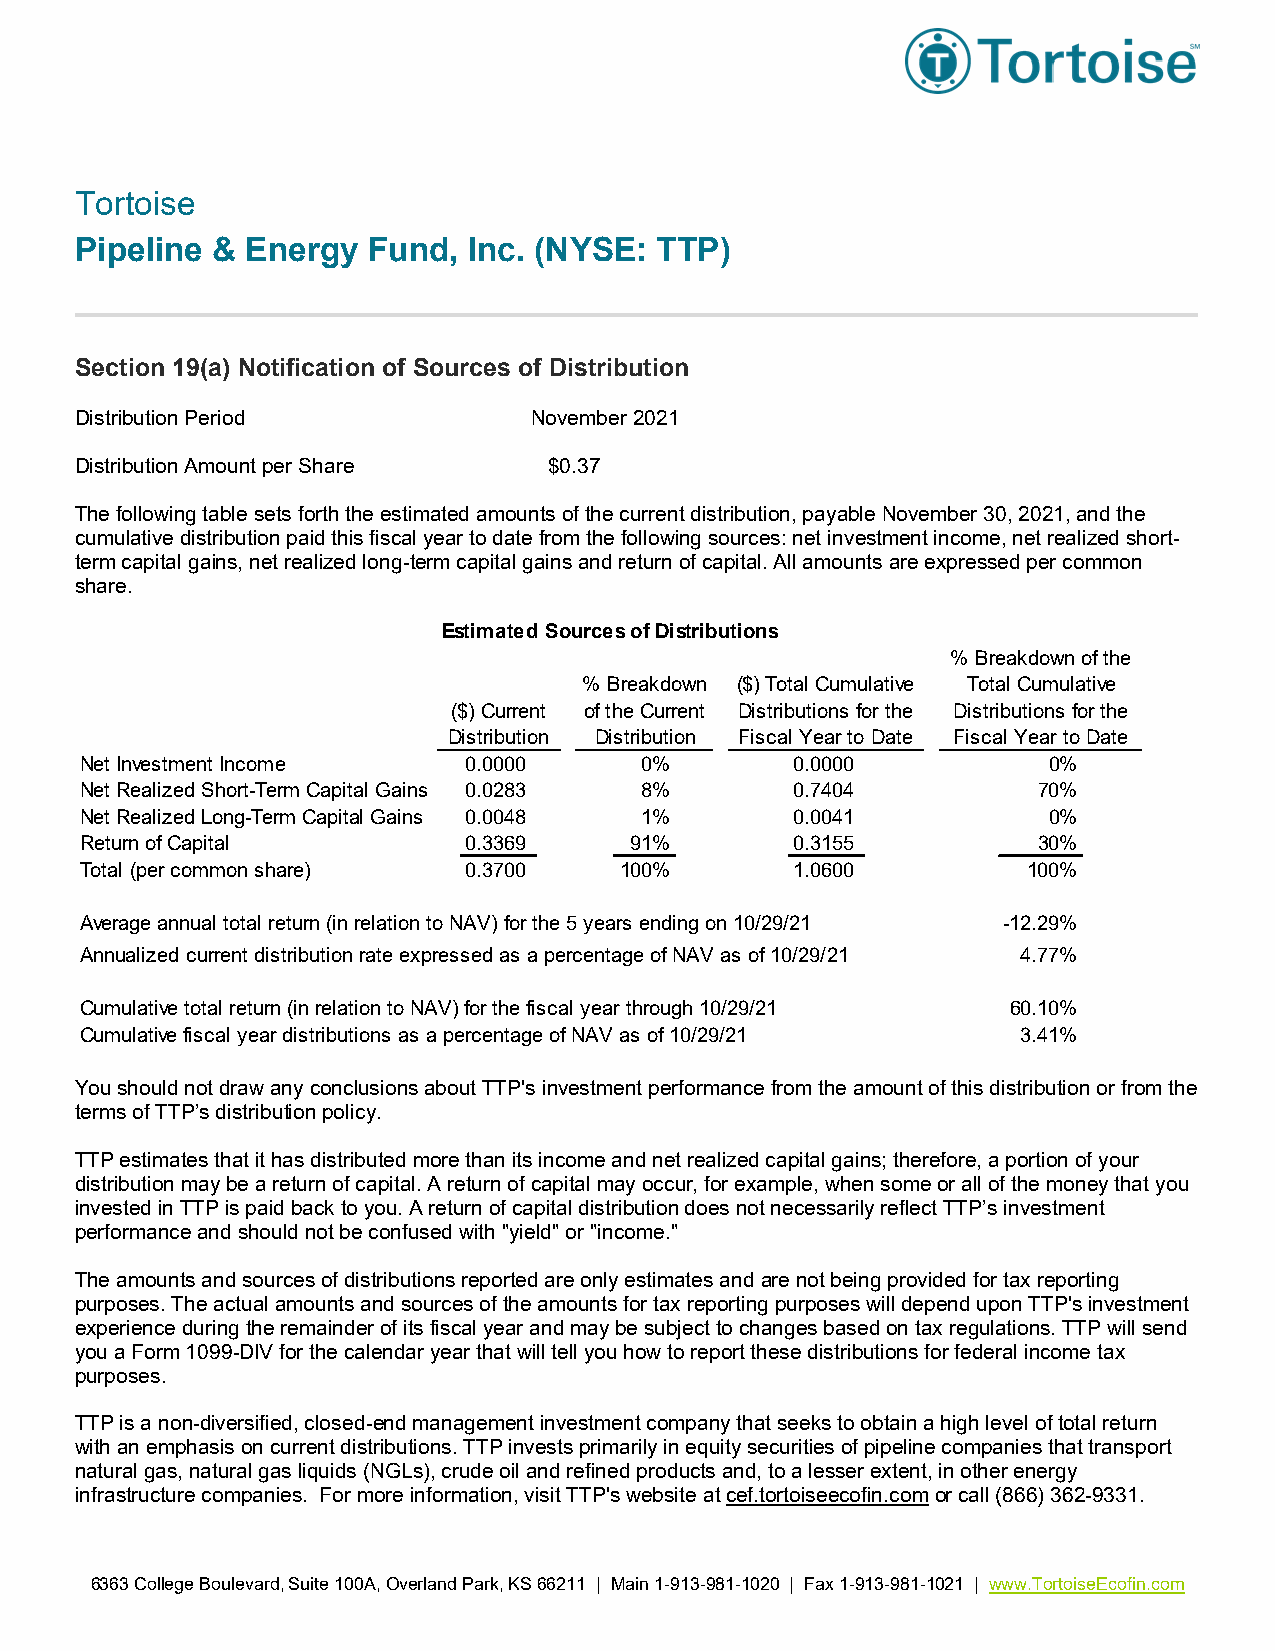
Tortoise
 Pipeline & Energy  Fund,  Inc. (NYSE: TTP)
 Section 19(a) Notification of Sources of Distribution
 Distribution Period           November 2021
 Distribution Amount per Share  $0.37
 The following table sets forth the estimated amounts of the current distribution, payable November 30, 2021, and the
 cumulative distribution paid this fiscal year to date from the following sources: net investment income, net realized short-
 term capital gains, net realized long-term capital gains and return of capital. All amounts are expressed per common
 share.
 Estimated Sources of Distributions
 % Breakdown of the
 % Breakdown ($) Total Cumulative Total Cumulative
 ($) Current of the Current Distributions for the Distributions for the
 Distribution Distribution Fiscal Year to Date Fiscal Year to Date
 Net Investment Income     0.0000     0%        0.0000           0%
 Net Realized Short-Term Capital Gains 0.0283 8% 0.7404          70%
 Net Realized Long-Term Capital Gains 0.0048 1% 0.0041           0%
 Return of Capital         0.3369     91%       0.3155           30%
 Total (per common share)  0.3700    100%       1.0600          100%
 Average annual total return (in relation to NAV) for the 5 years ending on 10/29/21 -12.29%
 Annualized current distribution rate expressed as a percentage of NAV as of 10/29/21 4.77%
 Cumulative total return (in relation to NAV) for the fiscal year through 10/29/21 60.10%
 Cumulative fiscal year distributions as a percentage of NAV as of 10/29/21 3.41%
 You should not draw any conclusions about TTP's investment performance from the amount of this distribution or from the
 terms of TTP’s distribution policy.
 TTP estimates that it has distributed more than its income and net realized capital gains; therefore, a portion of your
 distribution may be a return of capital. A return of capital may occur, for example, when some or all of the money that you
 invested in TTP is paid back to you. A return of capital distribution does not necessarily reflect TTP’s investment
 performance and should not be confused with "yield" or "income."
 The amounts and sources of distributions reported are only estimates and are not being provided for tax reporting
 purposes. The actual amounts and sources of the amounts for tax reporting purposes will depend upon TTP's investment
 experience during the remainder of its fiscal year and may be subject to changes based on tax regulations. TTP will send
 you a Form 1099-DIV for the calendar year that will tell you how to report these distributions for federal income tax
 purposes.
 TTP is a non-diversified, closed-end management investment company that seeks to obtain a high level of total return
 with an emphasis on current distributions. TTP invests primarily in equity securities of pipeline companies that transport
 natural gas, natural gas liquids (NGLs), crude oil and refined products and, to a lesser extent, in other energy
 infrastructure companies. For more information, visit TTP's website at cef.tortoiseecofin.com or call (866) 362-9331.
 6363 College Boulevard, Suite 100A, Overland Park, KS 66211 | Main 1-913-981-1020 | Fax 1-913-981-1021 | www.TortoiseEcofin.com